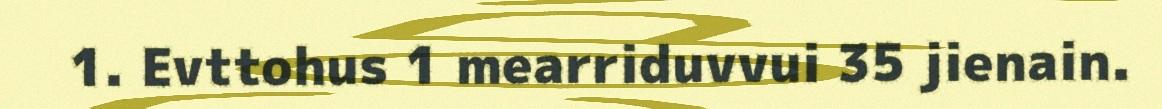
1. Evttohus 1 mearriduvvui 35 jienain.